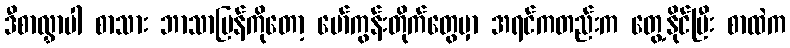
ဒီစာလွှာပါ စာသား ဘာသာပြန်ကိုတော့ မော်ကွန်းတိုက်တွေမှာ အရင်ကတည်းက တွေ့နိုင်ပြီး စာထဲက